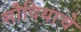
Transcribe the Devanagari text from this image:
सौदियाचे